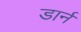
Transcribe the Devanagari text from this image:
डार्न